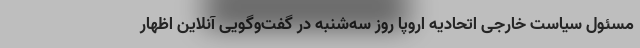
مسئول سیاست خارجی اتحادیه اروپا روز سه‌شنبه در گفت‌وگویی آنلاین اظهار